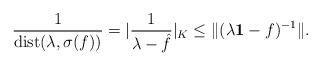
LaTeX: \begin{align*}\frac{1}{{\rm dist}(\lambda, \sigma(f))} =| \frac{1}{\lambda -\hat f}|_K \le \| (\lambda{\bf 1}-f)^{-1}\|.\end{align*}